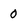
Character: 0